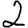
Digit: 2